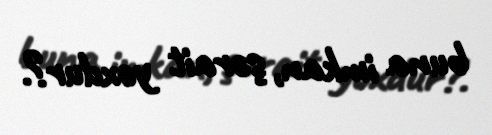
buna imkan, şərait yoxdur?.